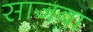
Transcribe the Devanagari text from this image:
साजबा